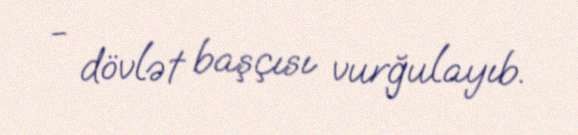
- dövlət başçısı vurğulayıb.